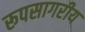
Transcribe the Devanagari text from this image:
रूपसागरीय